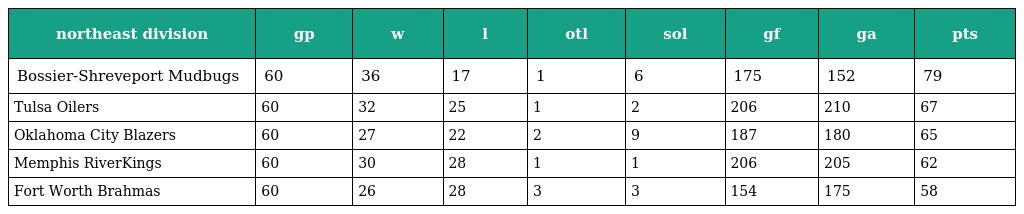
| northeast division | gp | w | l | otl | sol | gf | ga | pts |
 | --- | --- | --- | --- | --- | --- | --- | --- | --- |
 | Bossier-Shreveport Mudbugs | 60 | 36 | 17 | 1 | 6 | 175 | 152 | 79 |
 | Tulsa Oilers | 60 | 32 | 25 | 1 | 2 | 206 | 210 | 67 |
 | Oklahoma City Blazers | 60 | 27 | 22 | 2 | 9 | 187 | 180 | 65 |
 | Memphis RiverKings | 60 | 30 | 28 | 1 | 1 | 206 | 205 | 62 |
 | Fort Worth Brahmas | 60 | 26 | 28 | 3 | 3 | 154 | 175 | 58 |